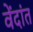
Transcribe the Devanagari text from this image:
वेंदांत